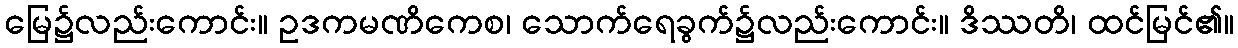
မြေ၌လည်းကောင်း။ ဥဒကမဏိကေစ၊ သောက်ရေခွက်၌လည်းကောင်း။ ဒိဿတိ၊ ထင်မြင်၏။